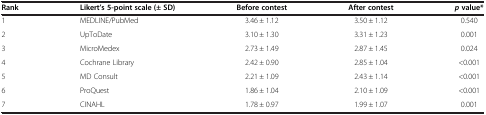
| Rank | Likert’s 5-point scale (± SD) | Before contest | After contest | p value* |
 | --- | --- | --- | --- | --- |
 | 1 | MEDLINE/PubMed | 3.46 ± 1.12 | 3.50 ± 1.12 | 0.540 |
 | 2 | UpToDate | 3.10 ± 1.30 | 3.31 ± 1.23 | 0.001 |
 | 3 | MicroMedex | 2.73 ± 1.49 | 2.87 ± 1.45 | 0.024 |
 | 4 | Cochrane Library | 2.42 ± 0.90 | 2.85 ± 1.04 | <0.001 |
 | 5 | MD Consult | 2.21 ± 1.09 | 2.43 ± 1.14 | <0.001 |
 | 6 | ProQuest | 1.86 ± 1.04 | 2.10 ± 1.09 | <0.001 |
 | 7 | CINAHL | 1.78 ± 0.97 | 1.99 ± 1.07 | 0.001 |